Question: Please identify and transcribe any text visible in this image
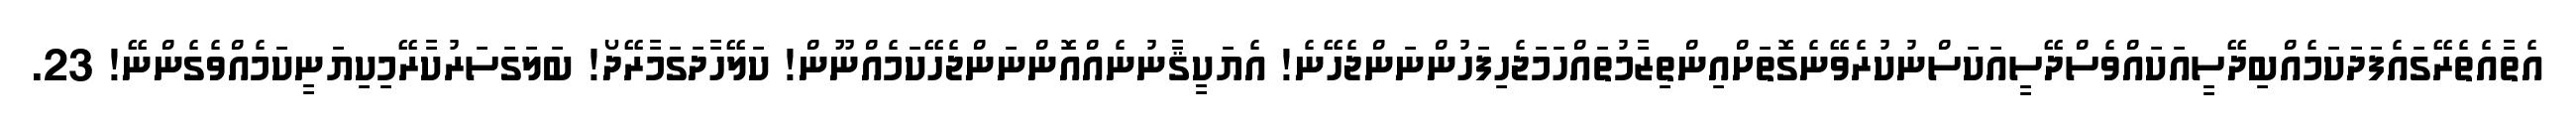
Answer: އެތާއެތެރޭގައެފަދަކަމެއްބިދޭސީއަކައްވެސްދޭސީއަކަސްނުކުރެވޭނެގޮތަށްއިންތިޒާމުތައްހަމަޖެހިފަހުންނަންޖެހޭނެ! އެޔަކީޤާނުނެއްއޮންނަންޖެހޭކަމެއްނޫން! ކަލޭހާދަގަމާރޭދޯ! ބަލަގަސަރުކާރޭމިކިޔަނީކަމެއްވެގެންނޭ! 23.